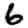
Digit: 6